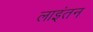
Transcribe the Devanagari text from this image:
लाइंतन